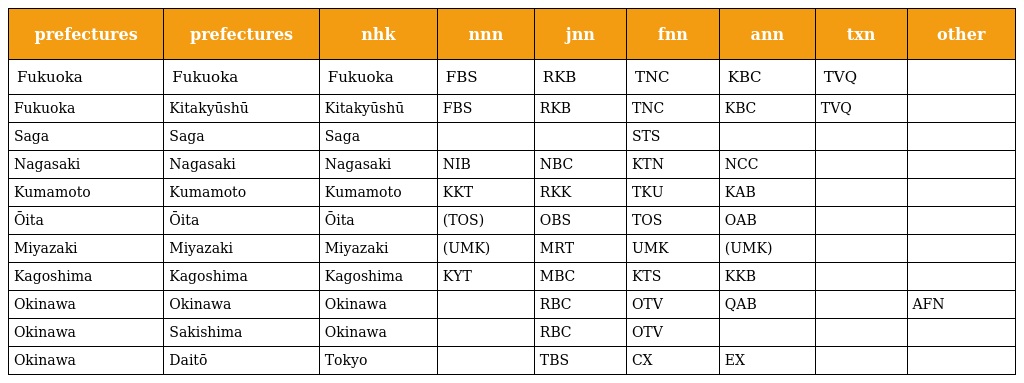
| prefectures | prefectures | nhk | nnn | jnn | fnn | ann | txn | other |
 | --- | --- | --- | --- | --- | --- | --- | --- | --- |
 | Fukuoka | Fukuoka | Fukuoka | FBS | RKB | TNC | KBC | TVQ |  |
 | Fukuoka | Kitakyūshū | Kitakyūshū | FBS | RKB | TNC | KBC | TVQ |  |
 | Saga | Saga | Saga |  |  | STS |  |  |  |
 | Nagasaki | Nagasaki | Nagasaki | NIB | NBC | KTN | NCC |  |  |
 | Kumamoto | Kumamoto | Kumamoto | KKT | RKK | TKU | KAB |  |  |
 | Ōita | Ōita | Ōita | (TOS) | OBS | TOS | OAB |  |  |
 | Miyazaki | Miyazaki | Miyazaki | (UMK) | MRT | UMK | (UMK) |  |  |
 | Kagoshima | Kagoshima | Kagoshima | KYT | MBC | KTS | KKB |  |  |
 | Okinawa | Okinawa | Okinawa |  | RBC | OTV | QAB |  | AFN |
 | Okinawa | Sakishima | Okinawa |  | RBC | OTV |  |  |  |
 | Okinawa | Daitō | Tokyo |  | TBS | CX | EX |  |  |